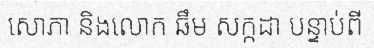
សោភា និងលោក ឆឹម សក្កដា បន្ទាប់ពី